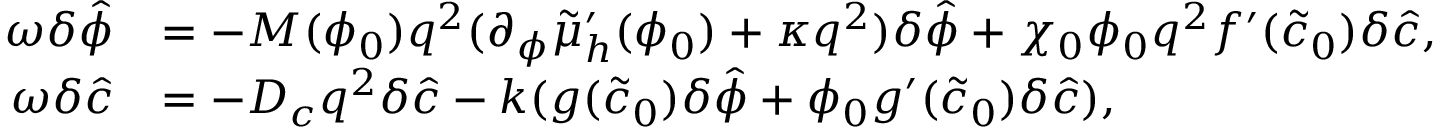
\begin{array} { r l } { \omega \delta \hat { \phi } } & { = - M ( \phi _ { 0 } ) q ^ { 2 } ( \partial _ { \phi } \tilde { \mu } _ { h } ^ { \prime } ( \phi _ { 0 } ) + \kappa q ^ { 2 } ) \delta \hat { \phi } + \chi _ { 0 } \phi _ { 0 } q ^ { 2 } f ^ { \prime } ( \tilde { c } _ { 0 } ) \delta \hat { c } , } \\ { \omega \delta \hat { c } } & { = - D _ { c } q ^ { 2 } \delta \hat { c } - k ( g ( \tilde { c } _ { 0 } ) \delta \hat { \phi } + \phi _ { 0 } g ^ { \prime } ( \tilde { c } _ { 0 } ) \delta \hat { c } ) , } \end{array}